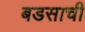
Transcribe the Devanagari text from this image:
बडसाची